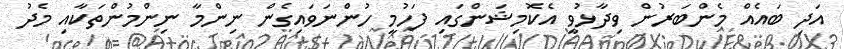
އަދި ބައެއް މެންބަރުން ވިދާޅުވީ އެކޮމިޝަންގައި ފަހުމީ ހުންނަވައިގެން ނިންމާ ނިންމުންތަކާއި މެދު